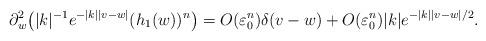
LaTeX: \begin{align*}\partial_w^2\big(|k|^{-1}e^{-|k||v-w|}(h_1(w))^n\big)=O(\varepsilon_0^n)\delta(v-w)+O(\varepsilon_0^n)|k|e^{-|k||v-w|/2}.\end{align*}